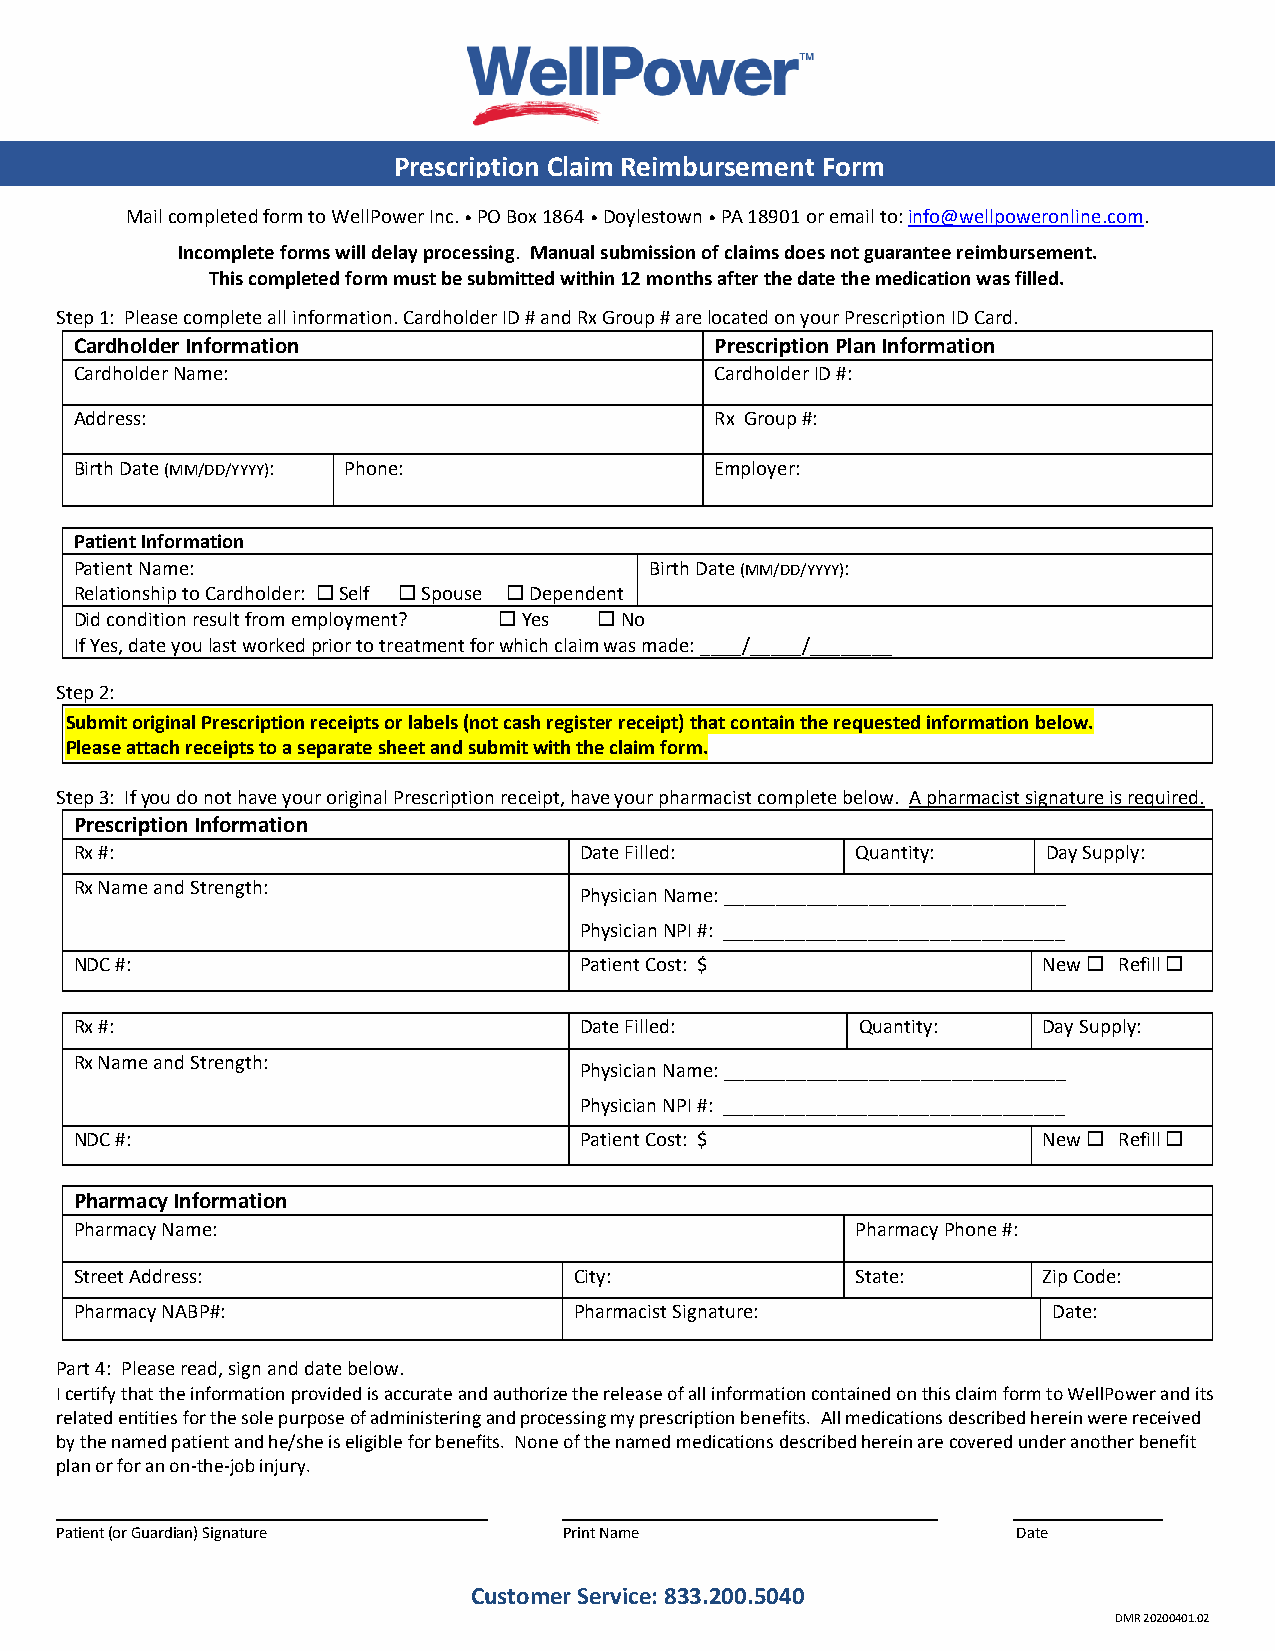
Prescription Claim Reimbursement Form
 Mail completed form to WellPower Inc. • PO Box 1864 • Doylestown • PA 18901 or email to: info@wellpoweronline.com.
 Incomplete forms will delay processing. Manual submission of claims does not guarantee reimbursement.
 This completed form must be submitted within 12 months after the date the medication was filled.
 Step 1: Please complete all information. Cardholder ID # and Rx Group # are located on your Prescription ID Card.
 Cardholder Information                    Prescription Plan Information
 Cardholder Name:                          Cardholder ID #:
 Address:                                  Rx Group #:
 Birth Date (MM/DD/YYYY): Phone:           Employer:
 Patient Information
 Patient Name:                         Birth Date (MM/DD/YYYY):
 Relationship to Cardholder:  Self  Spouse  Dependent
 Did condition result from employment?  Yes  No
 If Yes, date you last worked prior to treatment for which claim was made: ____/_____/________
 Step 2:
 Submit original Prescription receipts or labels (not cash register receipt) that contain the requested information below.
 Please attach receipts to a separate sheet and submit with the claim form.
 Step 3: If you do not have your original Prescription receipt, have your pharmacist complete below. A pharmacist signature is required.
 Prescription Information
 Rx #:                            Date Filled:       Quantity:   Day Supply:
 Rx Name and Strength:
 Physician Name: _________________________________
 Physician NPI #: _________________________________
 NDC #:                           Patient Cost: $                New  Refill 
 Rx #:                            Date Filled:       Quantity:   Day Supply:
 Rx Name and Strength:
 Physician Name: _________________________________
 Physician NPI #: _________________________________
 NDC #:                           Patient Cost: $                New  Refill 
 Pharmacy Information
 Pharmacy Name:                                      Pharmacy Phone #:
 Street Address:                  City:              State:      Zip Code:
 Pharmacy NABP#:                  Pharmacist Signature:           Date:
 Part 4: Please read, sign and date below.
 I certify that the information provided is accurate and authorize the release of all information contained on this claim form to WellPower and its
 related entities for the sole purpose of administering and processing my prescription benefits. All medications described herein were received
 by the named patient and he/she is eligible for benefits. None of the named medications described herein are covered under another benefit
 plan or for an on-the-job injury.
 Patient (or Guardian) Signature  Print Name                    Date
 Customer Service: 833.200.5040
 DMR 20200401.02